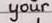
your